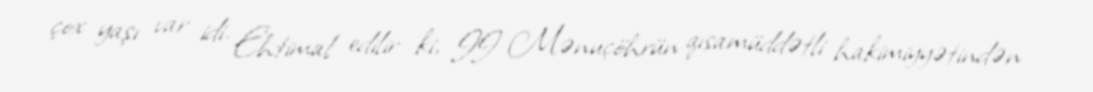
çox yaşı var idi. Ehtimal edilir ki, II Mənuçöhrün qısamüddətli hakimiyyətindən